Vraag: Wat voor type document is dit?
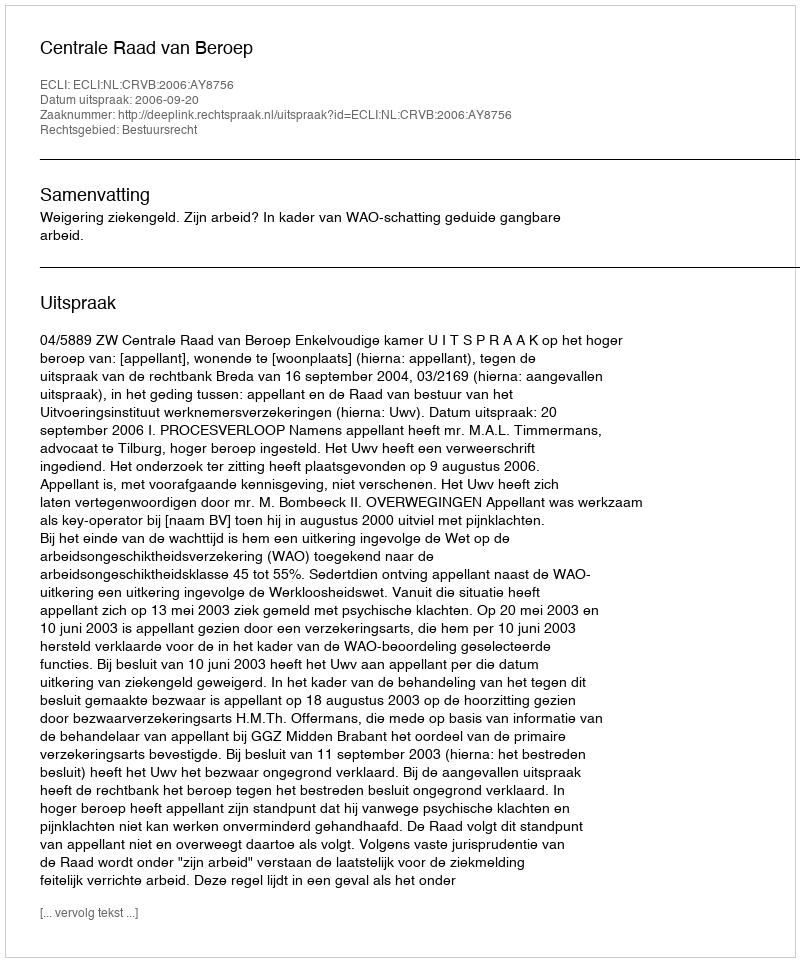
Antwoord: Uitspraak